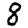
Digit: 8